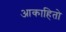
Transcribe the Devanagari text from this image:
आकाहितो